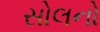
સોલનો